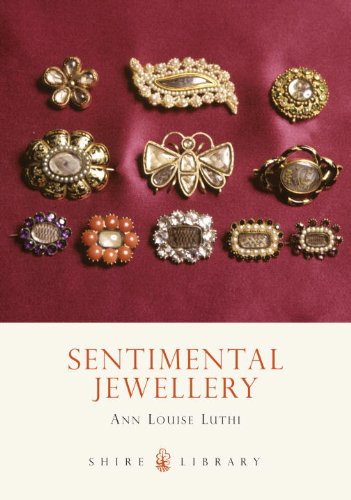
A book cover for Sentimental Jewellery (Shire Library); Anne Louise Luthi; Crafts, Hobbies & Home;